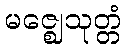
မဇ္ဈေသုတ္တံ